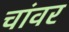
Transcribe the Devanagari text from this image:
चांवर